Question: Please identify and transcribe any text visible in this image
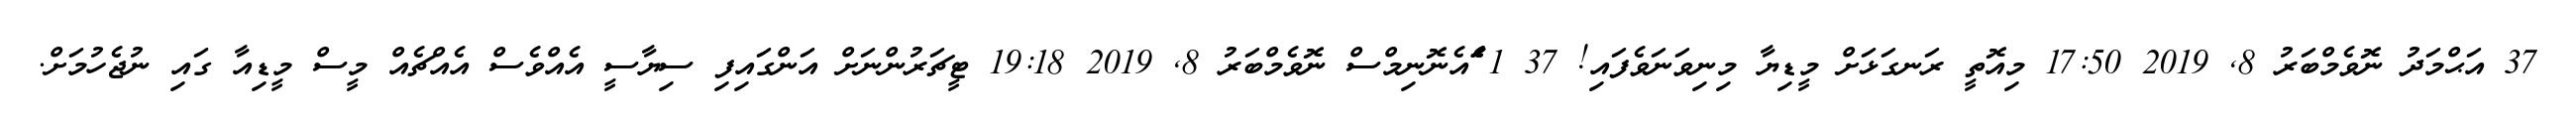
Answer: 37 އަޙްމަދު ނޮވެމްބަރު 8, 2019 17:50 މިއޮތީ ރަނގަޅަށް މީޑިޔާ މިނިވަނަވެފައި! 37 1 ަެަެަައެނޮނިމްސް ނޮވެމްބަރު 8, 2019 19:18 ޓީޗަރުންނަށް އަންގައިފި ސިޔާސީ އެއްވެސް އެއްޗެއް މީސް މީޑިއާ ގައި ނުޖެހުމަށް.